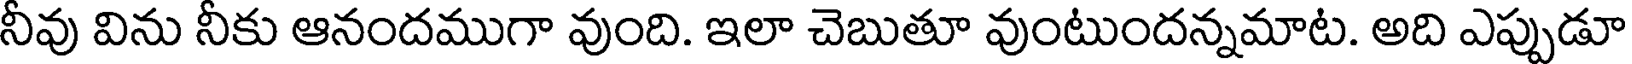
నీవు విను నీకు ఆనందముగా వుంది. ఇలా చెబుతూ వుంటుందన్నమాట. అది ఎప్పుడూ